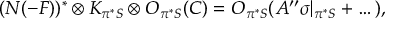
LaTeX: ( N ( - F ) ) ^ { * } \otimes K _ { \pi ^ { * } { \cal S } } \otimes { \cal O } _ { \pi ^ { * } { \cal S } } ( C ) = { \cal O } _ { \pi ^ { * } { \cal S } } ( A ^ { \prime \prime } \sigma | _ { \pi ^ { * } { \cal S } } + \dots ) ,